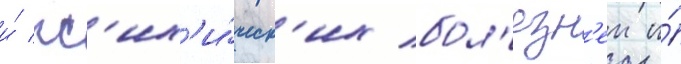
и́ пс'их'и́ческ'их бол'езн'еи и́